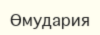
Өмудария